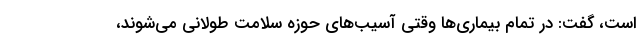
است، گفت: در تمام بیماری‌ها وقتی آسیب‌های حوزه سلامت طولانی می‌شوند،